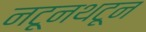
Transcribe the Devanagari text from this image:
नटूनथटून